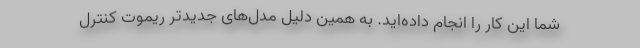
شما این کار را انجام داده‌اید. به همین دلیل مدل‌های جدیدتر ریموت کنترل